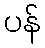
ပန်